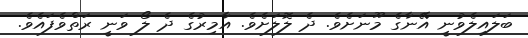
ބަލައިލެވުނީ އޭނާގެ މޫނަށެވެ. ދެ ލޮލަށެވެ. އާމިރުގެ ދެ ލޯ ވަނީ ރަތްވެފައެވެ.